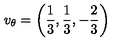
v _ { \theta } = \left( \frac { 1 } { 3 } , \frac { 1 } { 3 } , - \frac { 2 } { 3 } \right)